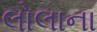
લોલાના